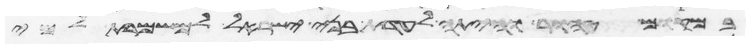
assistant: במקום טהור והיתה לעדת בני ישראל למשמרת למי